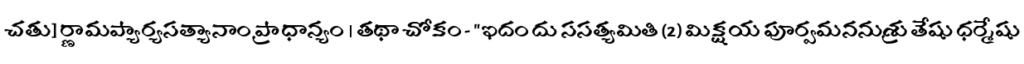
చతు] ర్ణామప్యార్యసత్యానాం ప్రాధాన్యం । తథా చోకం - "ఇదం దు ససత్యమితి (2) మిక్షయ పూర్వమననుశ్రుతేషు ధర్మేషు